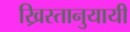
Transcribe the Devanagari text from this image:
ख्रिस्तानुयायी